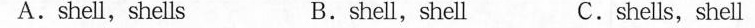
A.shell,shells B.shell,shell C.shells, shell